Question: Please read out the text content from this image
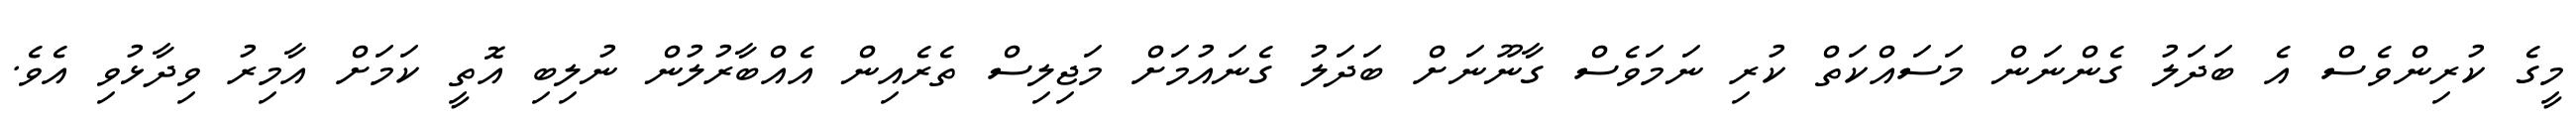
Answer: މީގެ ކުރިންވެސް އެ ބަދަލު ގެންނަން މަސައްކަތް ކުރި ނަމަވެސް ގާނޫނަށް ބަދަލު ގެނައުމަށް މަޖިލިސް ތެރެއިން އެއްބާރުލުން ނުލިބި އޮތީ ކަމަށް އާމިރު ވިދާޅުވި އެވެ.